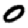
Digit: 0